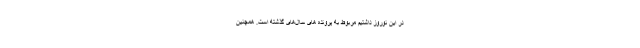
در این نوروز داشتیم مربوط به پرونده های سال‌های گذشته است. همچنین